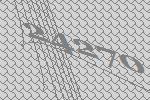
24270